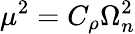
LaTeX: \mu^{2}=C_{\rho}\Omega_{n}^{2}